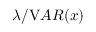
\lambda / { \mathrm { V } A R } ( x )